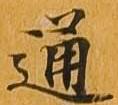
通